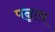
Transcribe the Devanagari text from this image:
पन्नाय